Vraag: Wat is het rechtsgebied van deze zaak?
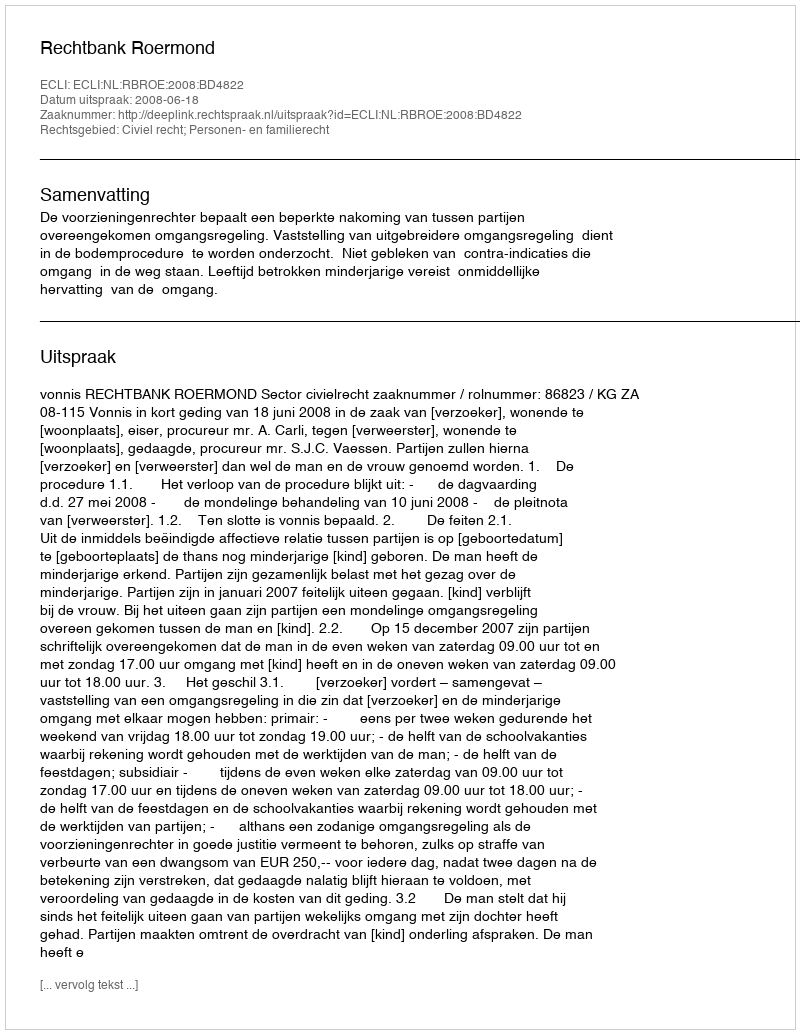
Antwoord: Civiel recht; Personen- en familierecht